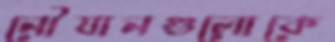
নৌযানগুলোকে